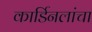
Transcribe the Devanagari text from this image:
कार्डिनलांचा